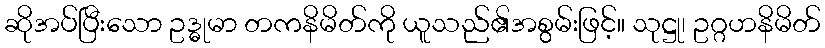
ဆိုအပ်ပြီးသော ဥဒ္ဓုမာ တကနိမိတ်ကို ယူသည်၏အစွမ်းဖြင့်။ သုဋ္ဌု၊ ဥဂ္ဂဟနိမိတ်